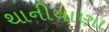
થાનીયાણા